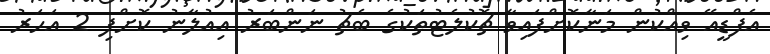
އެފްޑީއޭ ވިއްކުން މަނާކޮށްފައިވާ ޗޮކުލެޓުތަކުގެ ބެޗު ނަންބަރު އިއުލާނު ކޮށްފި 2 އަހަރު